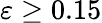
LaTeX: \varepsilon\ge 0.15